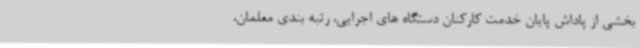
بخشی از پاداش پایان خدمت کارکنان دستگاه های اجرایی، رتبه بندی معلمان،